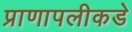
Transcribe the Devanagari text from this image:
प्राणापलीकडे